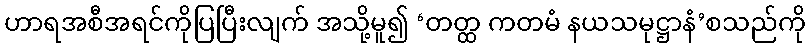
ဟာရအစီအရင်ကိုပြပြီးလျက် အသို့မူ၍ ‘တတ္ထ ကတမံ နယသမုဋ္ဌာနံ’စသည်ကို